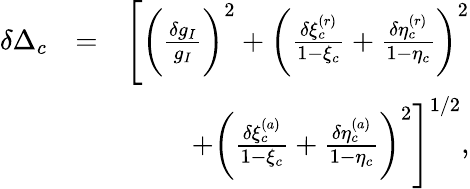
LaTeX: \begin{array}{rlr}{\delta\Delta_{c}}&{=}&{\Bigg[\bigg(\frac{\delta g_{I}}{g_{I}}\bigg)^{2}+\bigg(\frac{\delta\xi_{c}^{(r)}}{1-\xi_{c}}+\frac{\delta\eta_{c}^{(r)}}{1-\eta_{c}}\bigg)^{2}}\\ &{}&{+\bigg(\frac{\delta\xi_{c}^{(a)}}{1-\xi_{c}}+\frac{\delta\eta_{c}^{(a)}}{1-\eta_{c}}\bigg)^{2}\Bigg]^{1/2},}\end{array}